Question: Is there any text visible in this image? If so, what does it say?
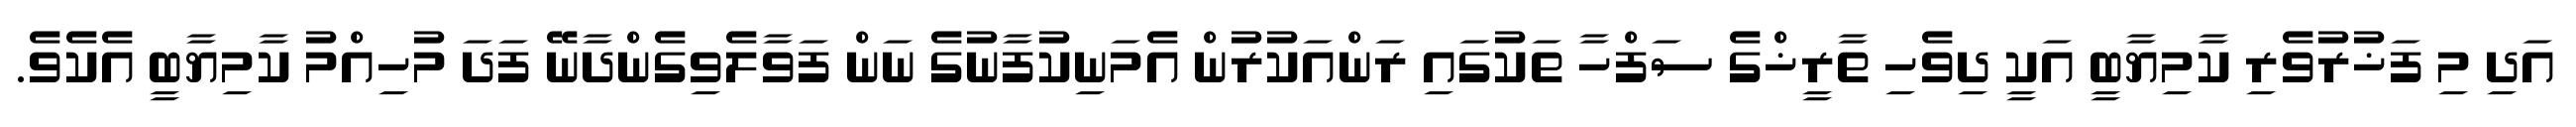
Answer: އަދި މި ފަޚުރުވެރި ކާމިޔާބީ އަކީ ދިވެހި ތާރީޚްގެ ސަފްހާ ތަކުގައި ރަންއަކުރުން އެމަނިކުފާނުގެ ނަން ފަވާލެވިގެންދާނޭ ފަދަ މުހިއްމު ކާމިޔާބީ އެކެވެ.